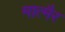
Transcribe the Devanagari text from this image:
मात्मैर